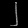
Digit: ၂